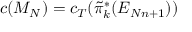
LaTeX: c ( M _ { N } ) = c _ { T } ( \tilde { \pi } _ { k } ^ { * } ( { \cal E } _ { N n + 1 } ) )